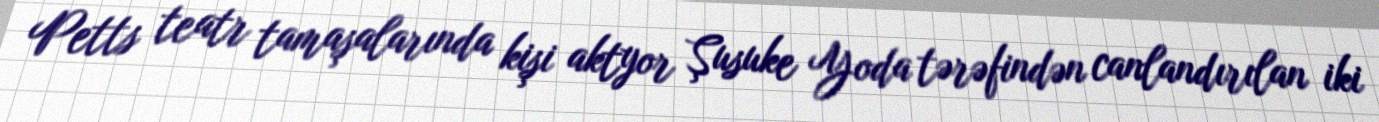
Petts teatr tamaşalarında kişi aktyor Şusuke Yoda tərəfindən canlandırılan iki